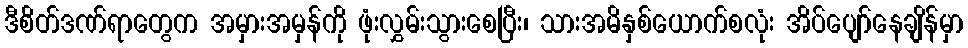
ဒီစိတ်ဒဏ်ရာတွေက အမှားအမှန်ကို ဖုံးလွှမ်းသွားစေပြီး၊ သားအမိနှစ်ယောက်စလုံး အိပ်ပျော်နေချိန်မှာ